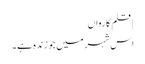
| قلم کارواں
اس شہر میں جو زندہ ہے۔